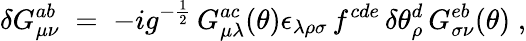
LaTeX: \delta G_{\mu\nu}^{ab}\; =\; -ig^{-\frac{1}{2}}\, G_{\mu\lambda}^{ac}(\theta)\epsilon_{\lambda\rho\sigma}\, f^{cde}\, \delta\theta_{\rho}^{d}\, G_{\sigma\nu}^{eb}(\theta)\; ,